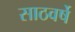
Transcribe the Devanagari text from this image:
साठवर्षे